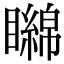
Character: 矊